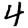
Digit: 4